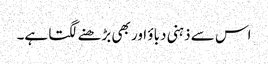
اس سے ذہنی دباؤ اور بھی بڑھنے لگتا ہے۔